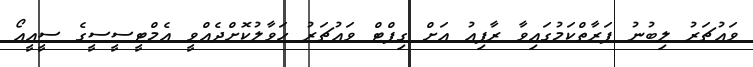
ވައުޗަރު ލިބުނު ފަރާތްކަމުގައިވާ ރާފިއު އަށް ގިފްޓް ވައުޗަރު ހަވާލުކޮށްދެއްވީ އެމްޓީސީސީގެ ސީއީއޯ